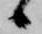
候